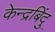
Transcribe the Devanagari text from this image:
केन्द्रबिंदु